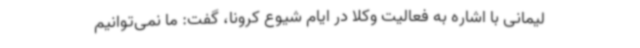
لیمانی با اشاره به فعالیت وکلا در ایام شیوع کرونا، گفت: ما نمی‌توانیم